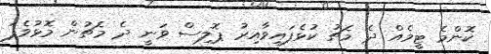
ކޮންމެ ޓީމެއް ދެ މެޗު ކުޅެފައިވާއިރު ޕޮލިސް ވަނީ ދެ މެޗުން މޮޅުވެފަ